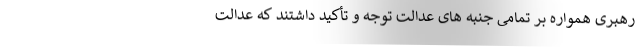
رهبری همواره بر تمامی جنبه های عدالت توجه و تأکید داشتند که عدالت